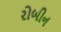
રોબીન